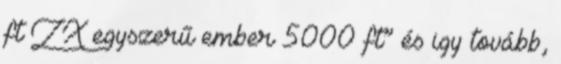
ft ZX egyszerű ember 5000 ft” és igy tovább,